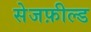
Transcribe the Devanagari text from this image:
सेजफ़ील्ड